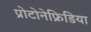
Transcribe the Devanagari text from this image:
प्रोटोनेफ्रिडिया